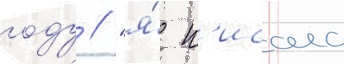
году / "я́ п'исала